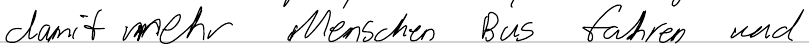
damit mehr Menschen Bus fahren und